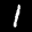
Label: 1